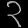
Digit: ၃